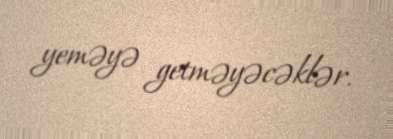
yeməyə getməyəcəklər.